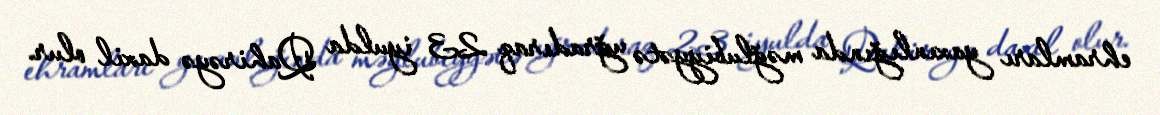
ehramları yaxınlığında məğlubiyyətə uğradıraq 23 iyulda Qahirəyə daxil olur.